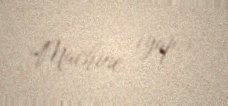
Machine (yap.).